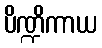
ပိဏ္ဍိကာယ